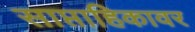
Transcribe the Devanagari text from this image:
साप्ताहिकावर